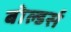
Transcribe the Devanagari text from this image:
बोल्डर्स